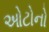
ઓટોનો